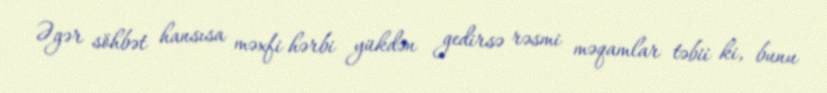
Əgər söhbət hansısa məxfi hərbi yükdən gedirsə rəsmi məqamlar təbii ki, bunu